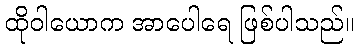
ထိုဝါယောက အာပေါရေ ဖြစ်ပါသည်။